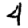
Digit: 4